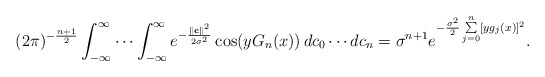
\begin{align*}(2\pi)^{-\frac{n+1}{2}}\displaystyle \int_{-\infty}^{\infty} \cdots \displaystyle \int_{-\infty}^{\infty} \displaystyle e^{-\frac{\|\textbf{c}\|^2}{2\sigma^2}}\cos(y G_n(x)) \, dc_0\cdots dc_n = \sigma^{n+1} \displaystyle e^{-\frac{\sigma^2}{2}\sum\limits_{j=0}^{n}[y g_j(x)]^2}.\end{align*}